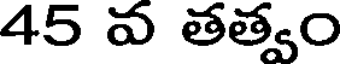
45 వ తత్వం